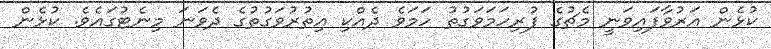
ކުޅެން އަރުވާފައިވަނީ މެޗުގެ ފުރިހަމަވަގުތު ހަމަވެ ދެއްކި އިތުރުވަގުތުގެ ދެވަނަ މިނެޓުގައެވެ. ކުޅެން